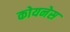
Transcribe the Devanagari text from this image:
कोयनेस